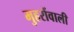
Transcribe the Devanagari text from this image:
मुहरोंवाली